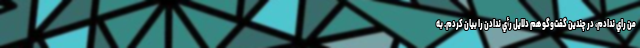
من راي ندادم، در چندين گفت‌وگو هم دلايل رأي ندادن را بيان کردم. به